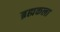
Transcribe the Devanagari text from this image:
ब्रह्मकला